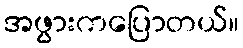
အဖွားကပြောတယ်။